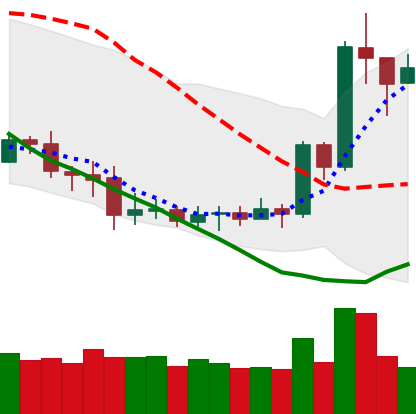
Ticker: XRP-USD
Chart end date: 2020-07-11
Forward return: -3.553%
Label: down_3_5